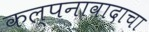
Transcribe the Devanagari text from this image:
कल्पनावादाचा